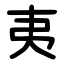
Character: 夷